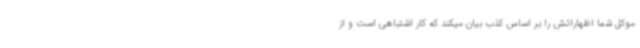
موکل شما اظهاراتش را بر اساس کذب بیان میکند که کار اشتباهی است و از